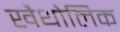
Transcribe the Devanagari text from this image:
खैथोलिक